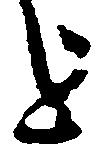
を